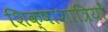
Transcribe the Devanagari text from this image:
शिक्षाशात्रियों